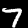
Digit: 7